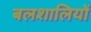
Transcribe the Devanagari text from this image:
बलशालियों